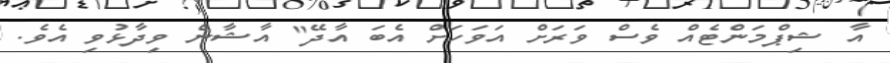
އާ ޝިޕްމަންޓެއް ވެސް ވަރަށް އަވަހަށް އެބަ އާދޭ" އާޝާން ވިދާޅުވި އެވެ.